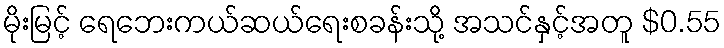
မိုးမြင့် ရေဘေးကယ်ဆယ်ရေးစခန်းသို့ အသင်နှင့်အတူ $0.55